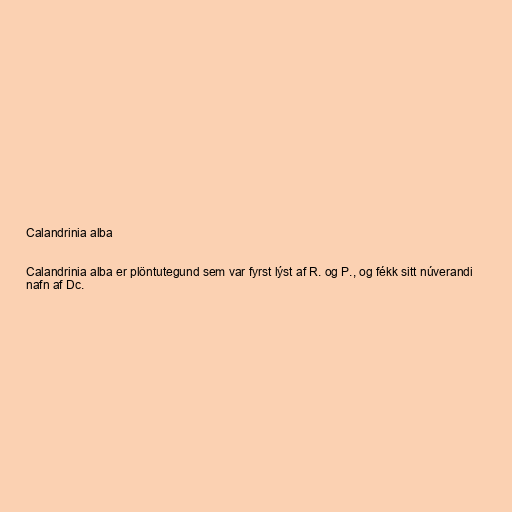
Calandrinia alba

Calandrinia alba er plöntutegund sem var fyrst lýst af R. og P., og fékk sitt núverandi
nafn af Dc.